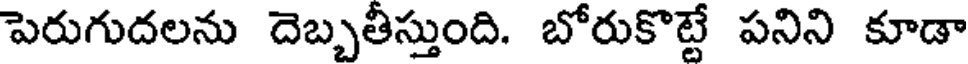
పెరుగుదలను దెబ్బతీస్తుంది. బోరుకొట్టే పనిని కూడా